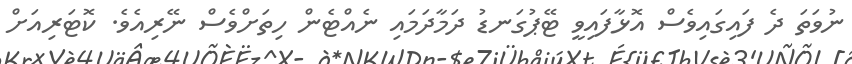
ނުވަަތަ ދެ ފައިގައިވެސް އޮޅާފައިވީ ޓޭޕުގަނޑު ދަމާދަމައި ނެއްޓެން ހިތަށްވެސް ނޭރިއެވެ. ކޮޓަރިއަށް